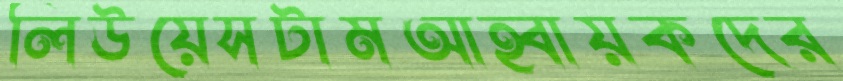
লিউয়েসটামআহ্বায়কদের